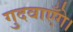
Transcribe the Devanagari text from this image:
गुदवाएँगे।